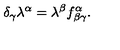
\delta _ { \gamma } \lambda ^ { \alpha } = \lambda ^ { \beta } f _ { \beta \gamma } ^ { \alpha } .